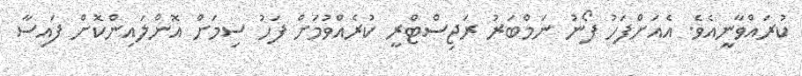
ކުރައްވާނީއެވެ. އެއަށްފަހު ފޯނު ނަމްބަރު ރަޖިސްޓްރީ ކުރެއްވުމަށް ފަހު ސިމަށް އޮންލައިންކޮށް ފައިސާ